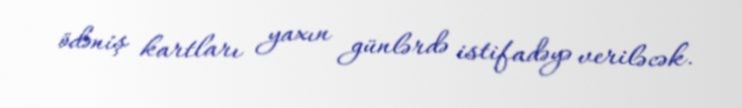
ödəniş kartları yaxın günlərdə istifadəyə veriləcək.